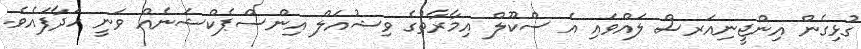
ގުޅިގެން އިންޖީނިއަރސް ލައްވައި އެ ސްކޫލް އިމާރާތުގެ ވިޝުއަލް އިންސްޕެކްޝަނެއް ވަނީ ހަދާފައެވެ.